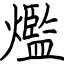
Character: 爁